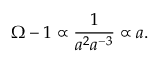
\Omega - 1 \propto \frac { 1 } { a ^ { 2 } a ^ { - 3 } } \propto a .